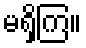
မရှိကြ။